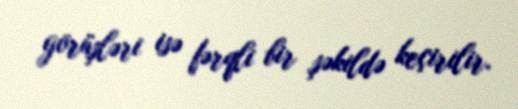
görüşləri isə fərqli bir şəkildə keçirilir.